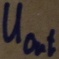
Text: UOut